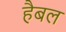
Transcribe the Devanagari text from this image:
हैबल